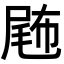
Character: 𡲫